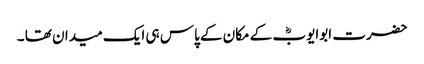
حضرت ابوایوبؓ کے مکان کے پاس ہی ایک میدان تھا ۔